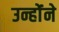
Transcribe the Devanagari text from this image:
उन्होंंने